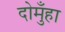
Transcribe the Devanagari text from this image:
दोमुँहा